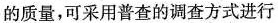
的质量，可采用普查的调查方式进行